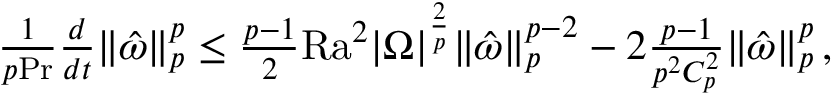
\begin{array} { r } { \frac { 1 } { p \mathrm { { P r } } } \frac { d } { d t } \| \hat { \omega } \| _ { p } ^ { p } \leq \frac { p - 1 } { 2 } \mathrm { { R a } } ^ { 2 } | \Omega | ^ { \frac { 2 } { p } } \| \hat { \omega } \| _ { p } ^ { p - 2 } - 2 \frac { p - 1 } { p ^ { 2 } C _ { p } ^ { 2 } } \| \hat { \omega } \| _ { p } ^ { p } \, , } \end{array}